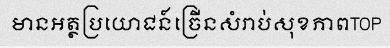
មានអត្ថប្រយោជន៍ច្រើនសំរាប់សុខភាពTOP